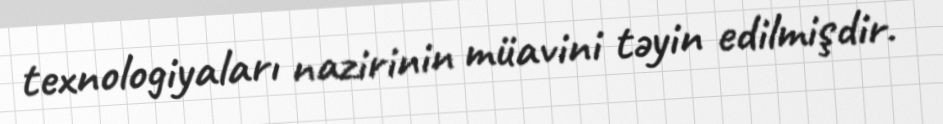
texnologiyaları nazirinin müavini təyin edilmişdir.